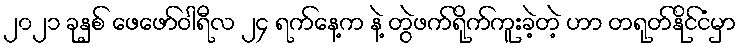
၂၀၂၁ ခုနှစ် ဖေဖော်ဝါရီလ ၂၄ ရက်နေ့က နဲ့ တွဲဖက်ရိုက်ကူးခဲ့တဲ့ ဟာ တရုတ်နိုင်ငံမှာ